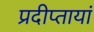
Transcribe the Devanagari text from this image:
प्रदीप्तायां